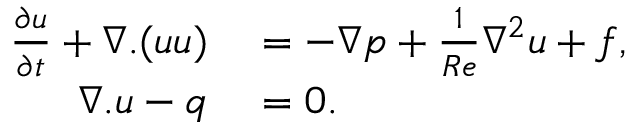
\begin{array} { r l } { \frac { \partial \boldsymbol { u } } { \partial t } + \nabla . ( { \boldsymbol { u } } { \boldsymbol { u } } ) } & { { } = - { \nabla } { p } + \frac { 1 } { R e } { \nabla } ^ { 2 } { \boldsymbol { u } } + \boldsymbol { f } , } \\ { { \nabla } . { \boldsymbol { u } } - q } & { { } = 0 . } \end{array}